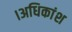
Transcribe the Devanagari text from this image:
।अधिकांश